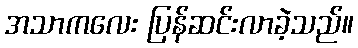
အသာကလေး ပြန်ဆင်းလာခဲ့သည်။